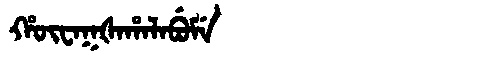
Manchu: ᡥᡡᠸᠠᡴᡧᠠᡥᠠᠯᠠᠪᡠᠮᡝ
Romanization: HŪWAKŠAHALABUME